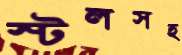
স্টলসহ